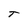
Character: T